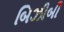
બિઝીબી